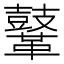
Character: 𪔨